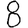
Digit: 8